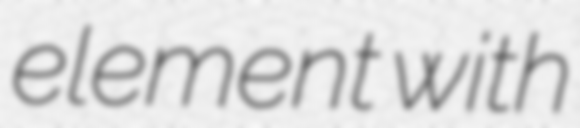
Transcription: element with